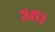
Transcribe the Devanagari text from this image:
३६।